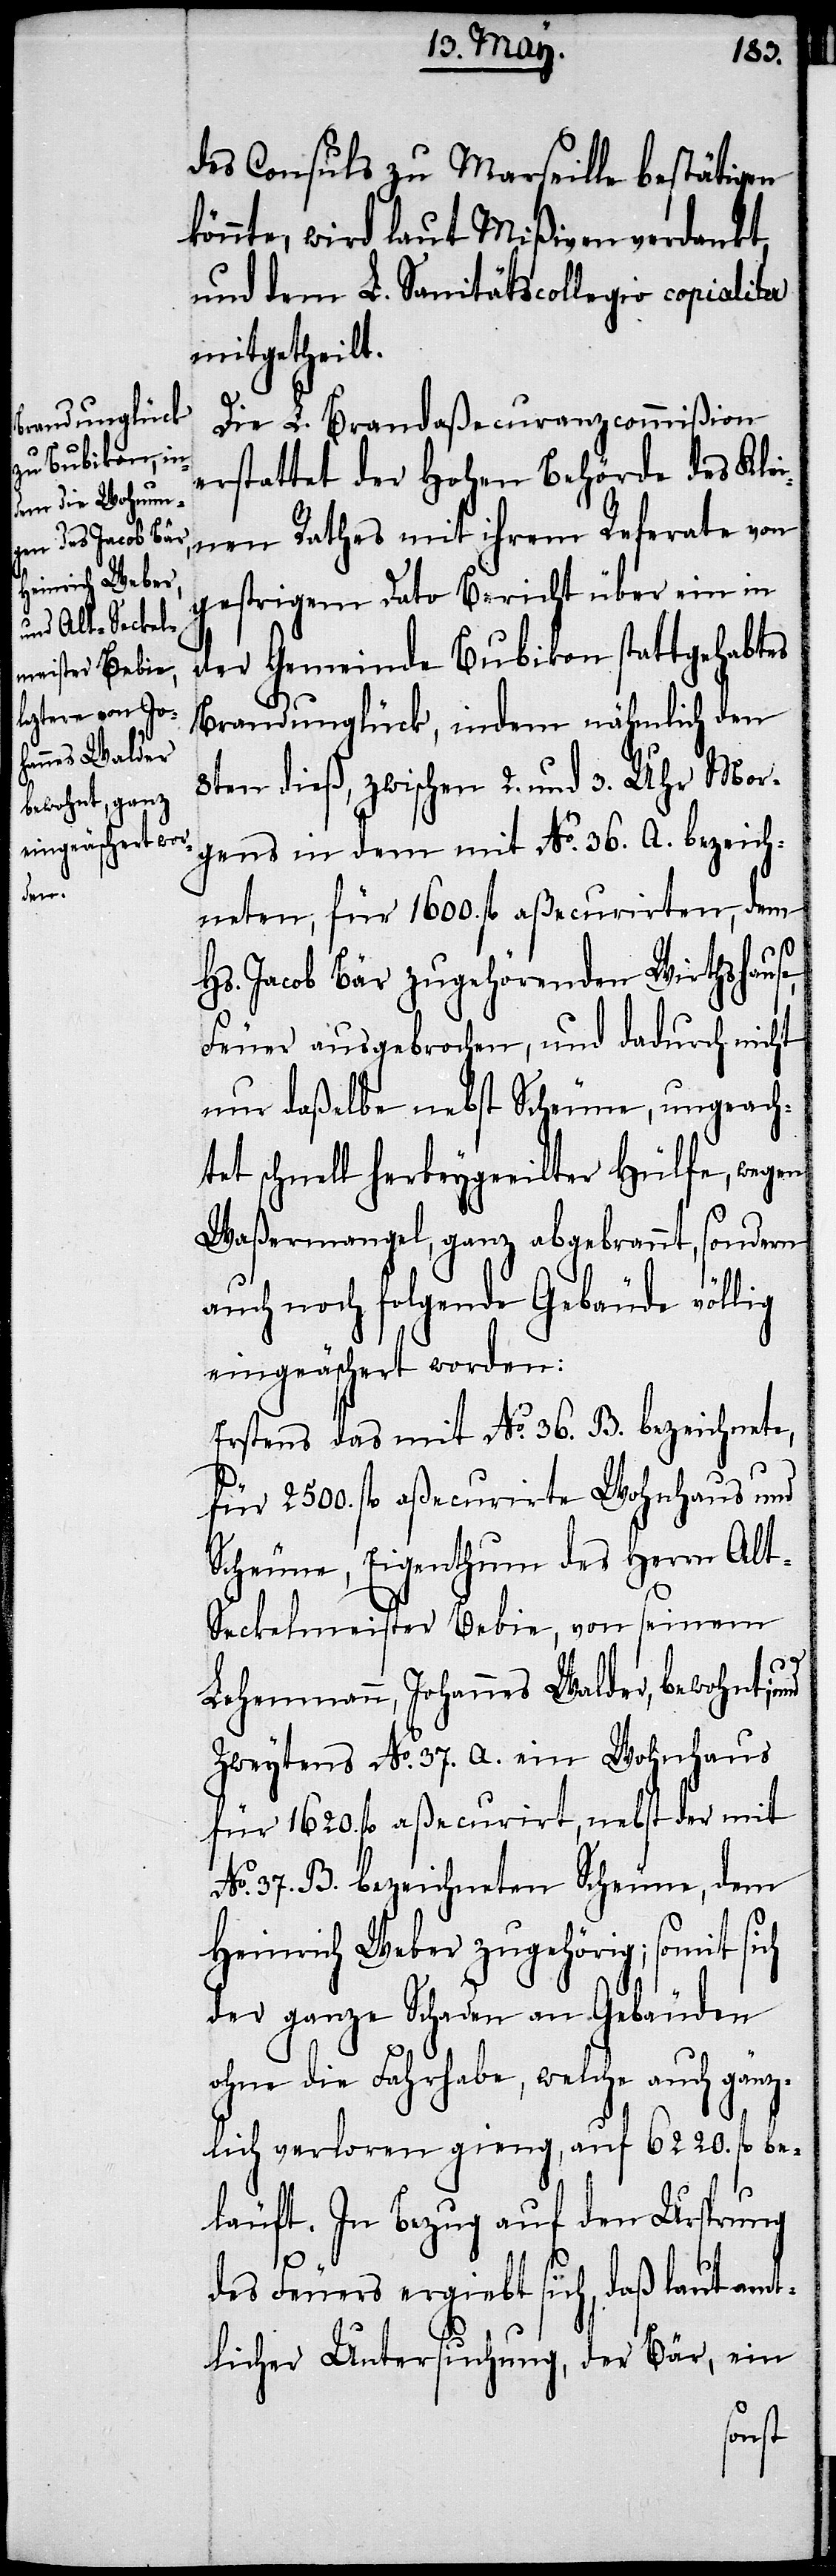
des Consuls zu Marseille bestätigen
könnte, wird laut Mißiven verdankt,
und dem L. Sanitätscollegio copialiter
mitgetheilt.
Die L. Brandaßecuranzcommißion
erstattet der Hohen Behörde des Klei¬
nen Rathes mit ihrem Referate von
gestrigem Dato Bericht über ein in
der Gemeinde Bubikon stattgehabtes
Brandunglück, indem nähmlich den
8ten dieß, zwischen 2. und 3. Uhr Mor¬
gens in dem mit No. 36. A. bezeich¬
neten, für 1600. fl. aßecurirten, dem
Hs. Jacob Bär zugehörenden Wirtshause,
Feuer ausgebrochen, und dadurch nicht
nur daßelbe nebst Scheune, ungeach¬
tet schnell herbeygeeilter Hülfe, wegen
Waßermangel, ganz abgebrannt, sondern
auch noch folgende Gebäude völlig
eingeäschert worden:
Erstens das mit No. 36. B. bezeichnete,
für 2500. fl. aßecurirte Wohnhaus und
Scheune, Eigenthum des Herrn Alt-S¬
eckelmeister Bebie, von seinem
Lehenmann, Johannes Walder, bewohnt; und
Zweytens No. 37. A. ein Wohnhaus
für 1620. fl. aßecurirt, nebst der mit
No. 37. B. bezeichneten Scheune, dem
Heinrich Weber zugehörig; somit sich
der ganze Schaden an Gebäuden
ohne die Fahrhabe, welche auch gänz¬
lich verloren gieng, auf 6220. fl. be¬
läuft. In Bezug auf den Ursprung
des Feuers ergiebt sich, daß laut amt¬
licher Untersuchung, der Bär, ein